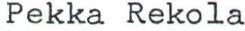
Pekka Rekola